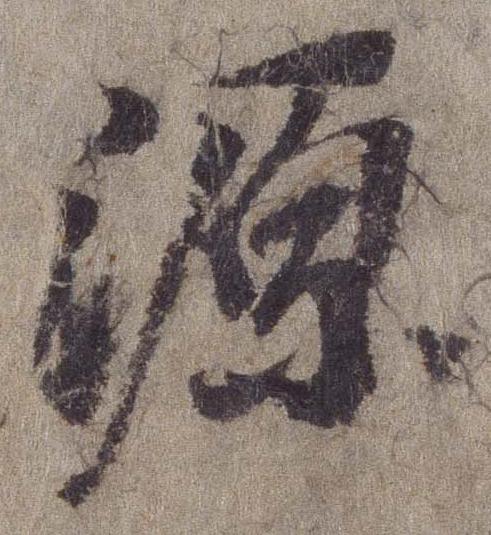
源